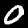
Digit: 0